65_HS1-834228961_62-HQ-83894_Section_1
Agency: FBI
Page 126
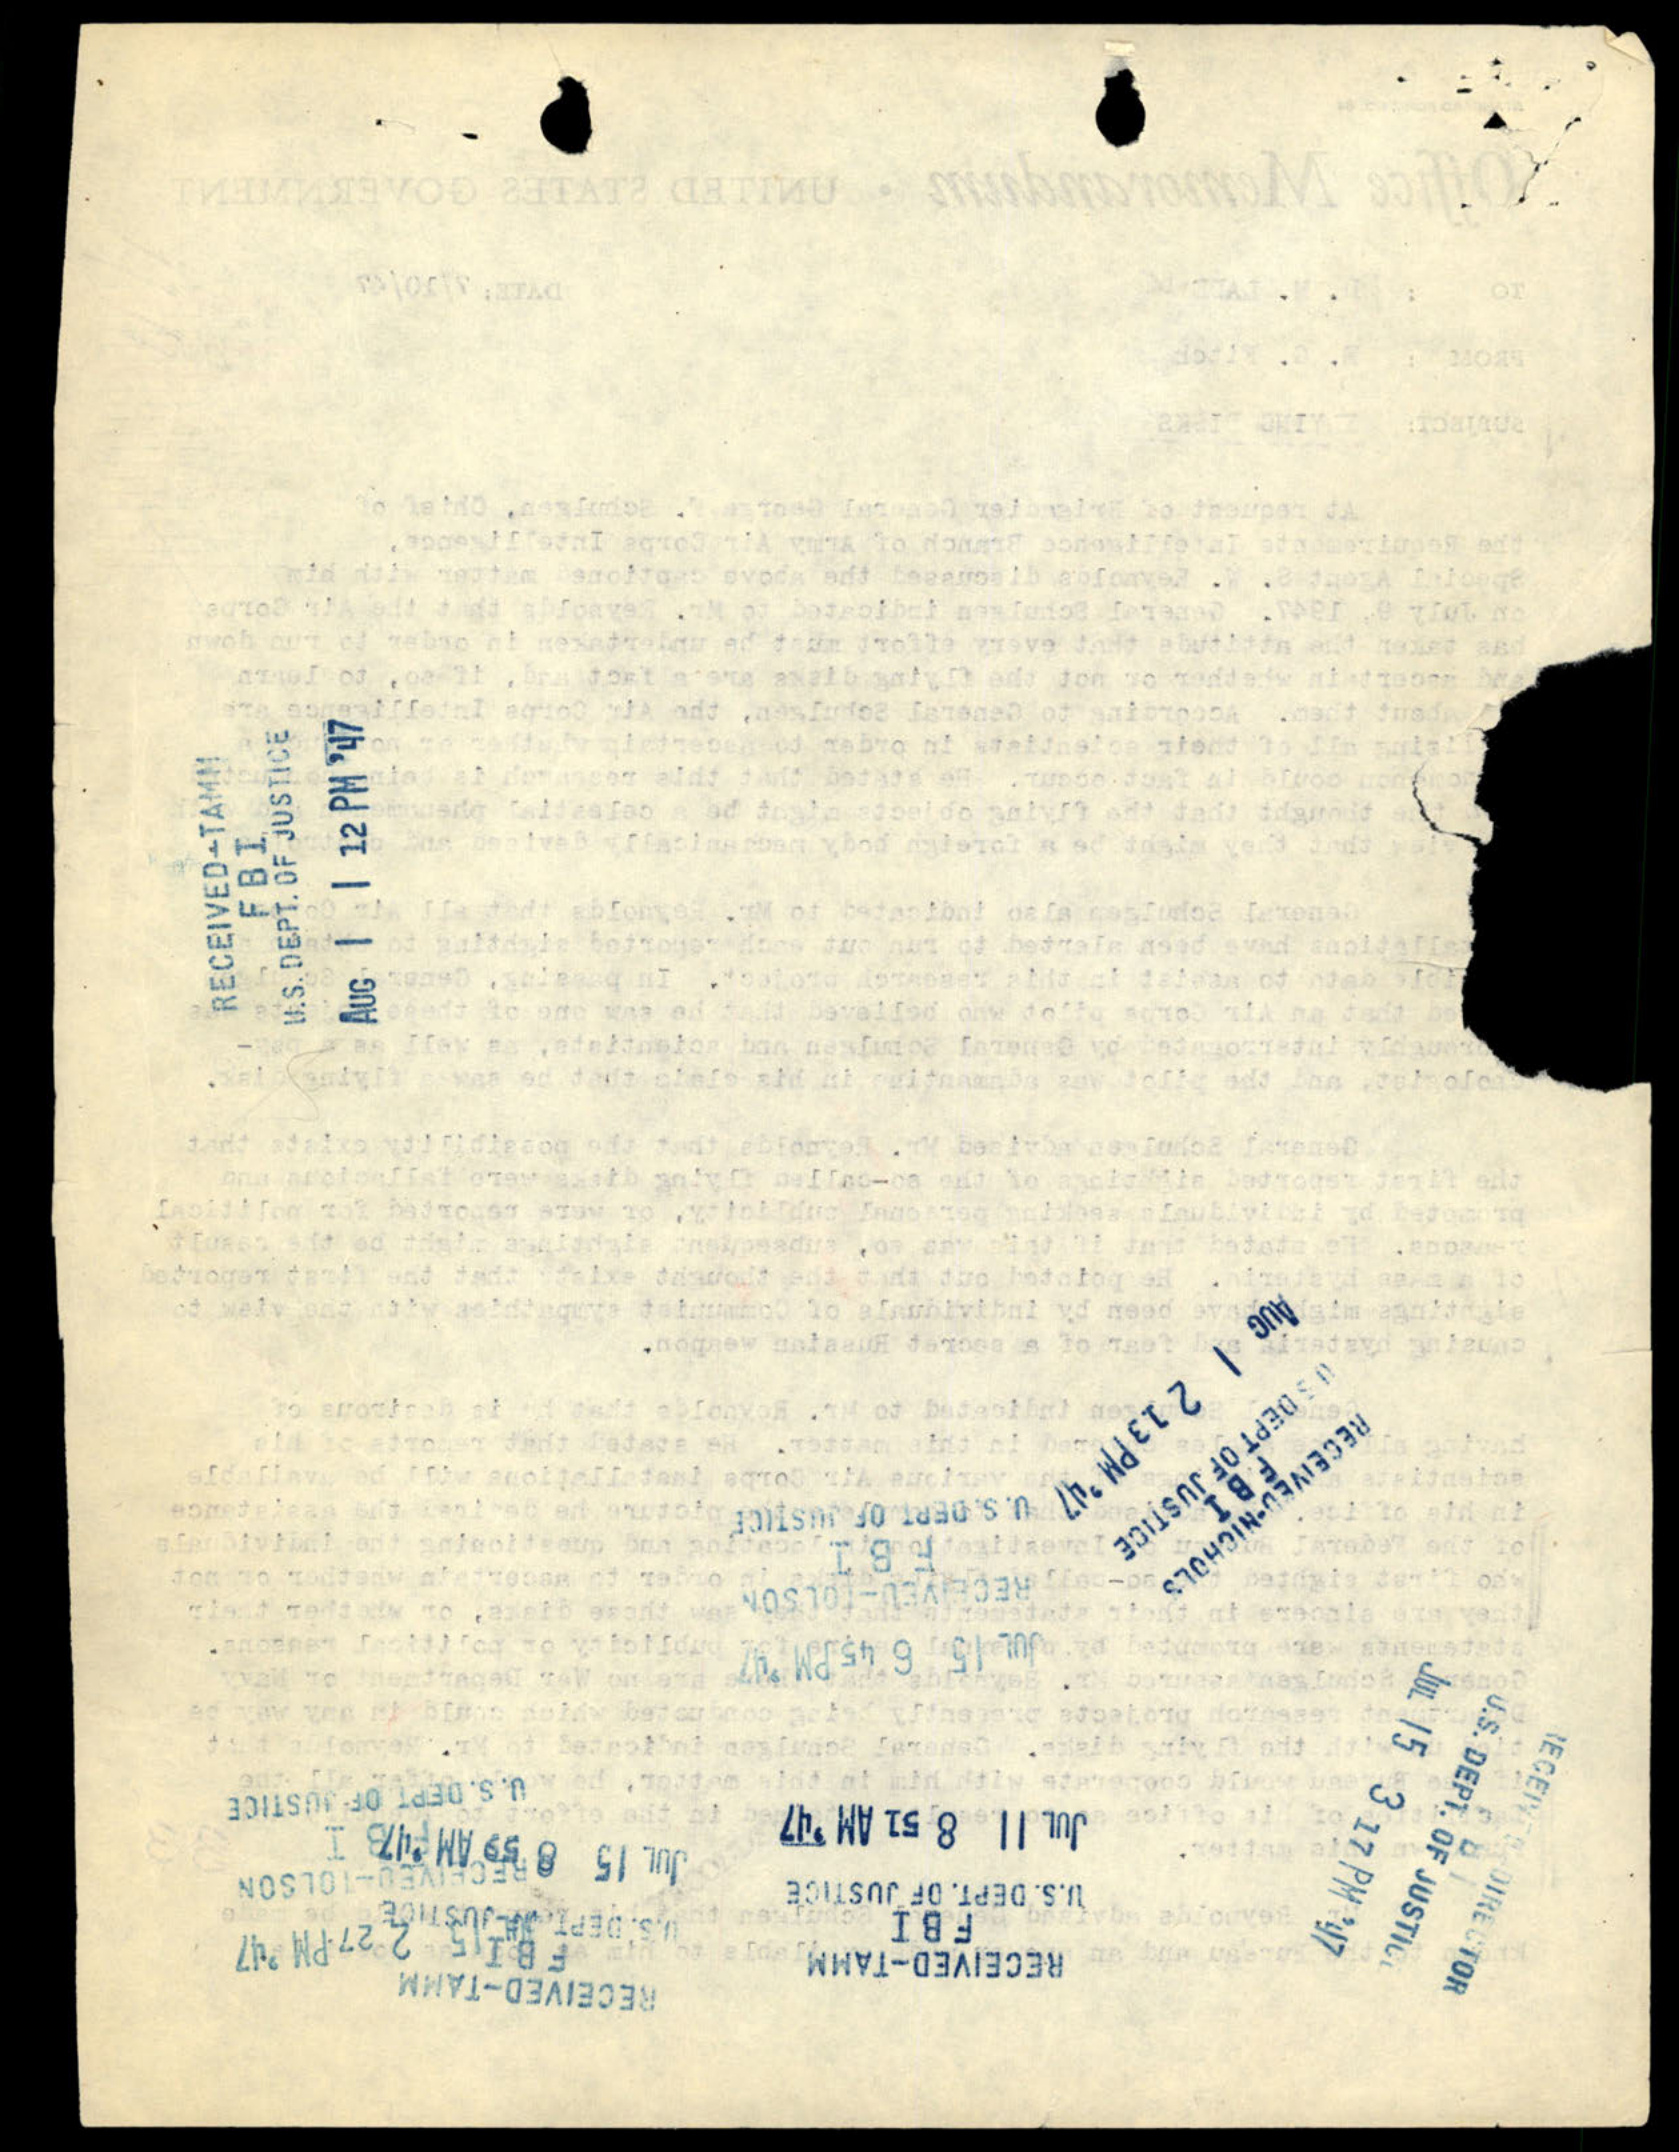